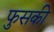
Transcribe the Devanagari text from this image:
फुसकी